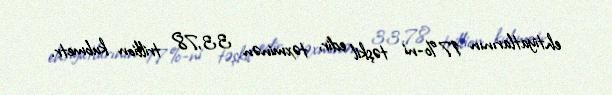
ehtiyatlarının 17%-ni təşkil edir, təxminən 33,78 trillion kubmetr.